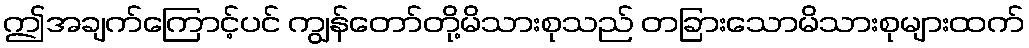
ဤအချက်ကြောင့်ပင် ကျွန်တော်တို့မိသားစုသည် တခြားသောမိသားစုများထက်